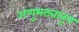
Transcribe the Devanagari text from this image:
अणुभट्यातून